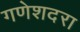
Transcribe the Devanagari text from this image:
गणेशदरा